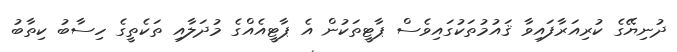
ދުނިޔޭގެ ކުރިއަރާފައިވާ ޤައުމުތަކުގައިވެސް ޕާޓީތަކުން އެ ޕާޓީއެއްގެ މުދަލާއި ތަކެތީގެ ހިސާބު ކިތާބު